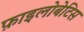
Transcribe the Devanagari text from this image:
फ़ाइलोबेटिस